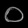
Digit: ၀